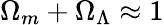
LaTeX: \Omega_{m}+\Omega_{\Lambda}\approx 1